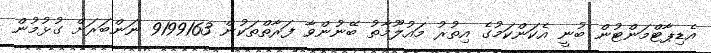
އެޑިޕާޓްމަންޓުން ބުނީ އެކަންކަމުގެ އިތުރުު މައުލޫމާތު ބޭނުންވާ ފަރާތްތަކުން 9199163 ނަންބަރަށް ގުޅުމުން